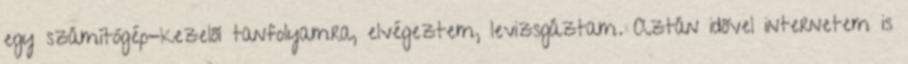
egy számítógép-kezelői tanfolyamra, elvégeztem, levizsgáztam. Aztán idővel internetem is